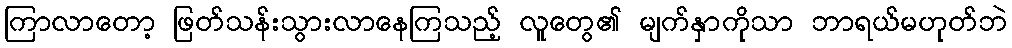
ကြာလာတော့ ဖြတ်သန်းသွားလာနေကြသည့် လူတွေ၏ မျက်နှာကိုသာ ဘာရယ်မဟုတ်ဘဲ